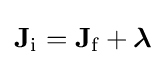
\mathbf {J} _{\text{i}}=\mathbf {J} _{\text{f}}+{\boldsymbol {\lambda }}